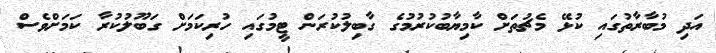
އަދި މުބާރާތުގައި ކުޅޭ މެޗުތަށް ކާމިޔާބުކުރުމުގެ ގާބިލުކުރަން ޓީމުގައި ހުރިކަމަށް ގަބޫލުކުރާ ކަމަށްވެސް